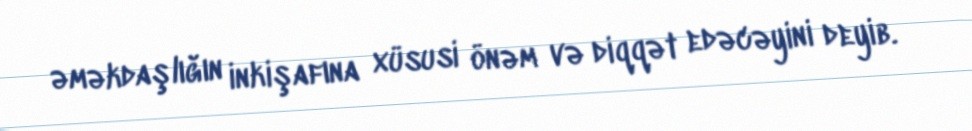
əməkdaşlığın inkişafına xüsusi önəm və diqqət edəcəyini deyib.